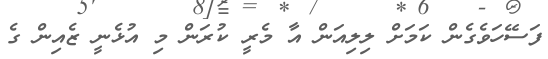
ފަސޭހަވެގެން ކަމަށް ލިލިއަން އާ މެރީ ކުރަން މި އުޅެނީ ޒެއިން ގެ